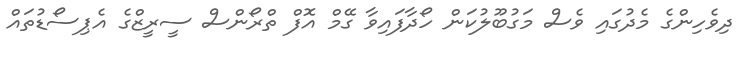
ދިވެހިންގެ މެދުގައި ވެސް މަގުބޫލުކަން ހޯދާފައިވާ ގޭމް އޮފް ތްރޯންސް ސީރީޒްގެ އެޕިސޯޑުތައް